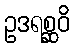
ဥဒရစ္ဆဝိ